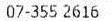
07-355 2616